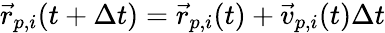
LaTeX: {\vec{r}}_{p,i}(t+\Delta t)={\vec{r}}_{p,i}(t)+{\vec{v}}_{p,i}(t)\Delta t